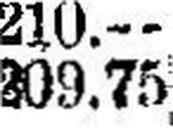
209.75